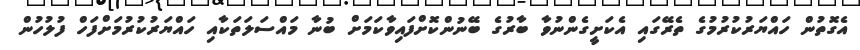
އެގޮތުން ހައްޔަރުކުރުމުގެ ތެރޭގައި އެކަށީގެންނުވާ ބާރުގެ ބޭނުންކޮށްފައިވާކަމަށް ބުނާ މައްސަލަތަކާއި ހައްޔަރުކުރުމަށްފަހް ފުލުހުން